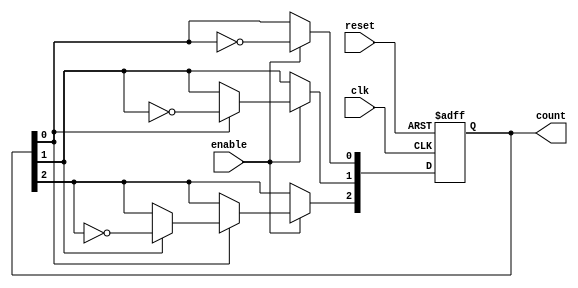
module Async_Binary_Counter (
    input wire clk,      // Clock input
    input wire reset,    // Asynchronous reset
    input wire enable,   // Enable signal
    output reg [N-1:0] count // Counter output
);
    parameter N = 3; // Number of flip-flops (bits in counter)

    always @(posedge clk or posedge reset) begin
        if (reset) begin
            count <= 0; // Reset counter to 0
        end else if (enable) begin
            // Counting Logic (Ripple Counter)
            count[0] <= ~count[0]; // LSB toggles on every clock pulse
            if (count[0]) begin
                count[1] <= ~count[1]; // Toggle next bit if LSB is high
                if (count[1]) begin
                    count[2] <= ~count[2]; // Toggle next bit if 2nd bit is high
                end
            end
        end
    end
endmodule